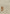
و